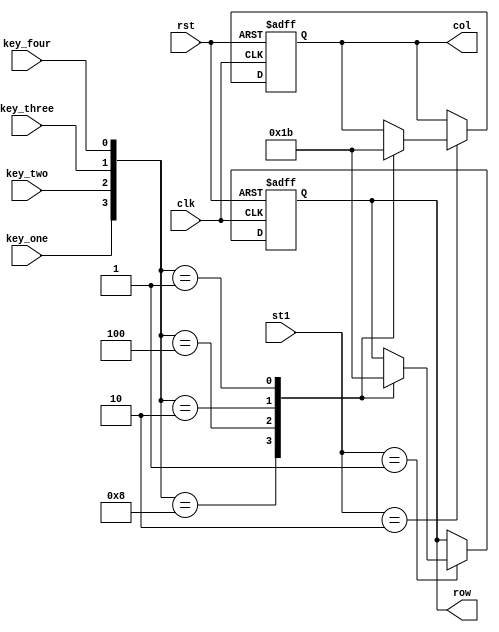
module add_id(clk , rst,st1, key_one ,key_two, key_three,key_four, row, col);
	input clk, rst ,key_one ,key_two, key_three,key_four;
	input [0:1]  st1;
	output reg 	[1:0] row, col;
	
	parameter add_row = 2'b01, add_col = 2'b10;

	initial begin
		row <= 0;
		col <= 0;
	end	
	
	always@(posedge clk, negedge rst) begin
	
		if(rst == 0) begin
			row <= 0;
			col <= 0;
		end
		else begin
			case(st1)
				add_row: begin
					case({key_one ,key_two, key_three,key_four})
								
									4'b1000: begin 
										 row <= 0;
								
									end
									
									4'b0100: begin 
										 row <= 1;
										
									end
									
									4'b0010: begin 
										 row <= 2;
										
									end
									
									4'b0001: begin 
										row <= 3;
										
									end
									
									
								
						endcase
				end
				
				add_col: begin
					case({key_one ,key_two, key_three,key_four})
									
										4'b1000: begin 
											 col <= 0;
									
										end
										
										4'b0100: begin 
											 col <= 1;
											
										end
										
										4'b0010: begin 
											 col <= 2;
											
										end
										
										4'b0001: begin 
											col <= 3;
											
										end
									
						endcase
				end
				
				
				
			endcase
		end
		
	end
	
endmodule